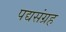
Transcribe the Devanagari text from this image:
पद्यसंग्रह